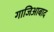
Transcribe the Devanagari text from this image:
गाजिआबाद